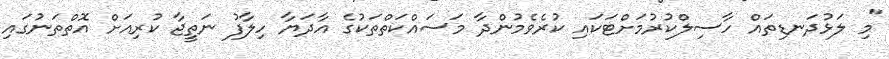
"މި ލަޅުދަނޑިތައް ހާސިލްކުރުމަށްޓަކައި ކުރެވެމުންދާ މަސައްކަތްތަކުގެ އާދަޔާ ހިލާފު ނަތީޖާ ކުރިއަށް އޮތްތަނުގައި